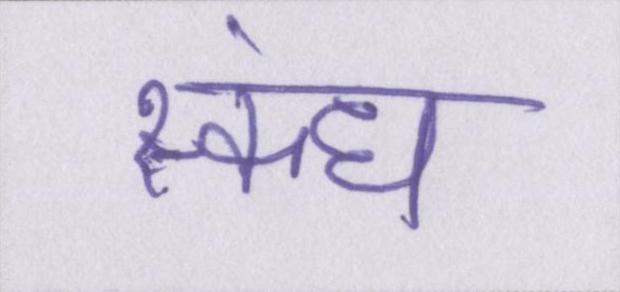
स्कंध